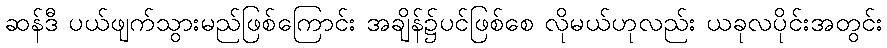
ဆန်ဒီ ပယ်ဖျက်သွားမည်ဖြစ်ကြောင်း အချိန်၌ပင်ဖြစ်စေ လိုမယ်ဟုလည်း ယခုလပိုင်းအတွင်း